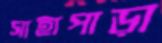
সাহাপাড়া